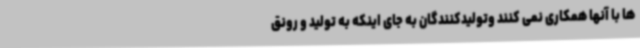
ها با آنها همکاری نمی کنند وتولیدکنندگان به جای اینکه به تولید و رونق